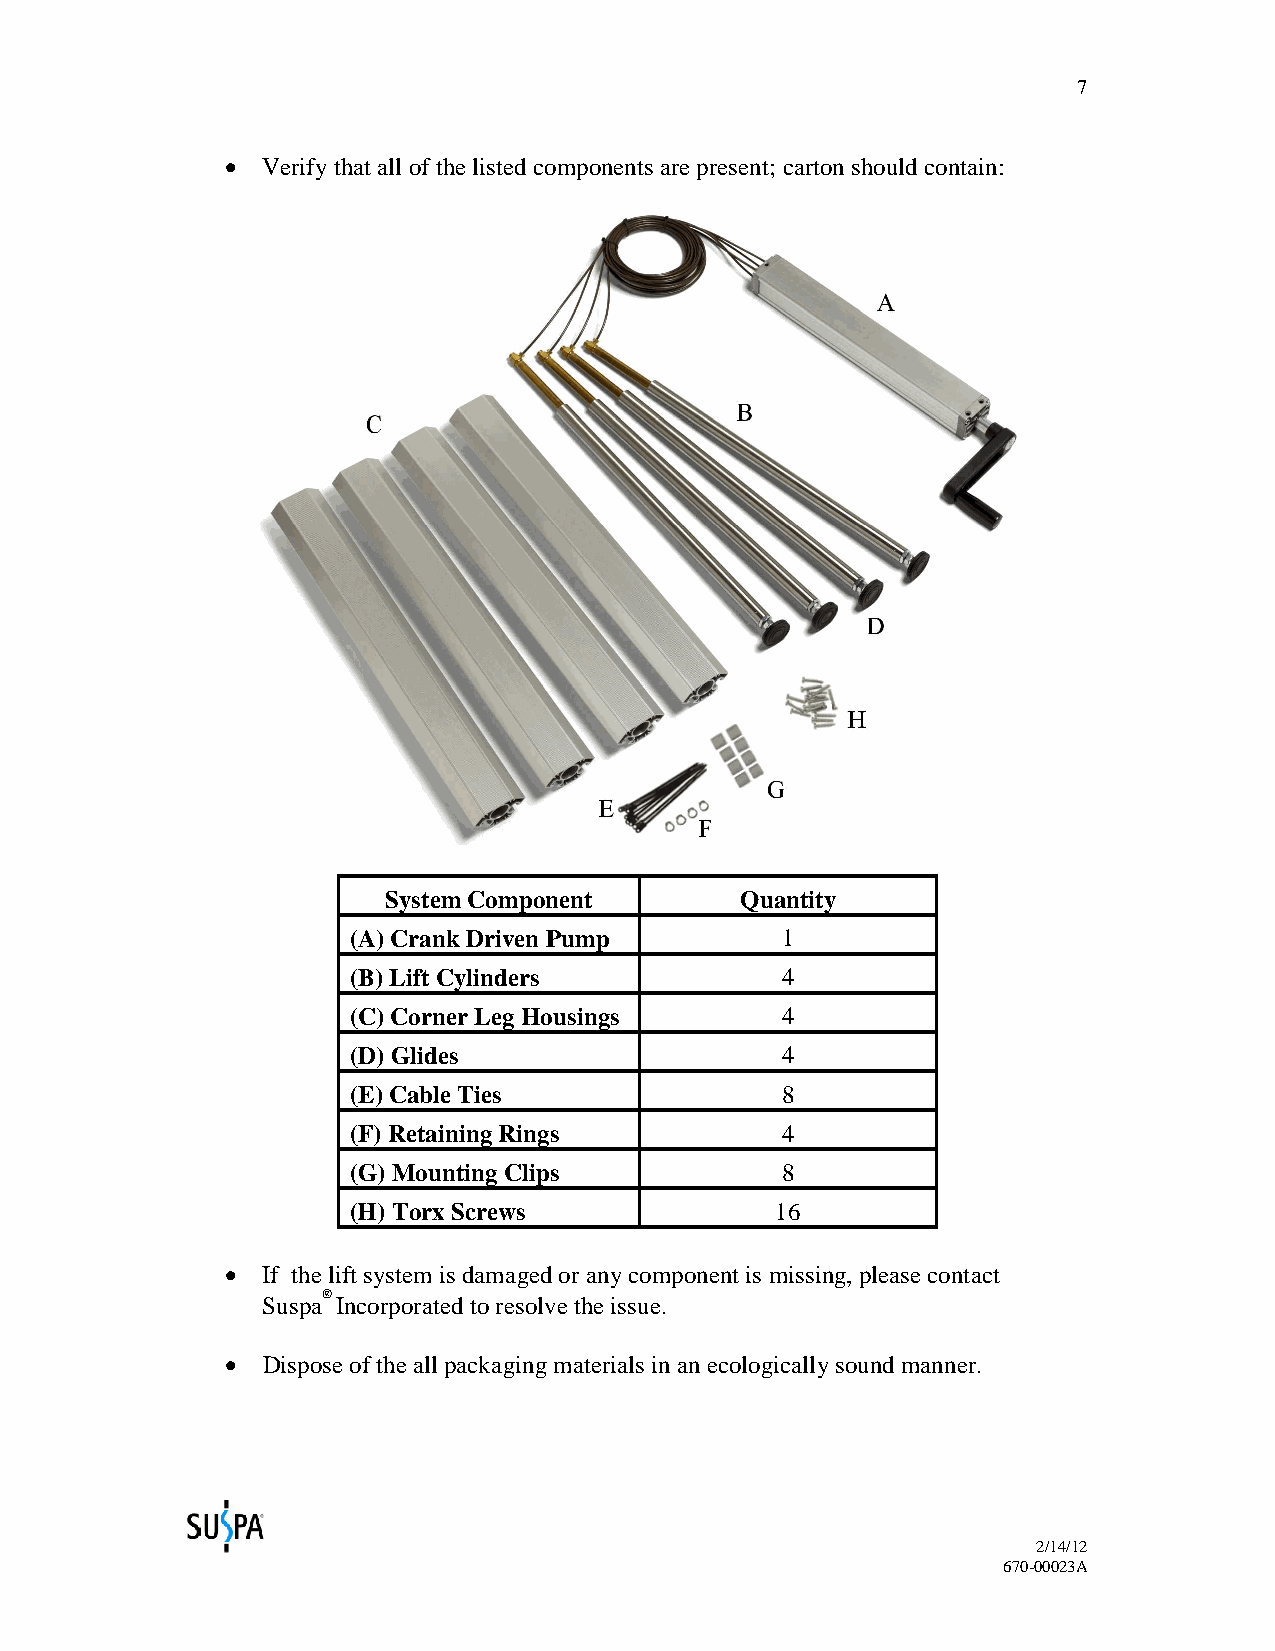
7
 • Verify that all of the listed components are present; carton should contain:
 System Component       Quantity
 (A) Crank Driven Pump        1
 (B) Lift Cylinders           4
 (C) Corner Leg Housings      4
 (D) Glides                   4
 (E) Cable Ties               8
 (F) Retaining Rings          4
 (G) Mounting Clips           8
 (H) Torx Screws             16
 • If the lift system is damaged or any component is missing, please contact
 ®
 Suspa Incorporated to resolve the issue.
 • Dispose of the all packaging materials in an ecologically sound manner.
 2/14/12
 670-00023A